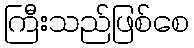
ကြီးသည်ဖြစ်စေ